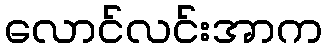
လောင်လင်းအာက